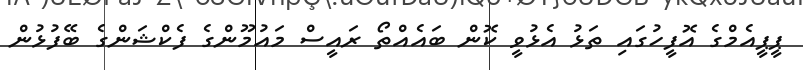
ޕީޕީއެމްގެ އޮފީހުގައި ތަޅު އެޅުވީ ކޮން ބައެއްތޯ ރައީސް މައުމޫންގެ ފެކްޝަންގެ ބޭފުޅުން